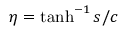
\eta = \operatorname { t a n h } ^ { - 1 } s / c